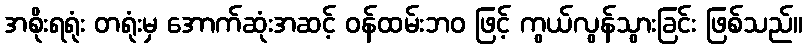
အစိုးရရုံး တရုံးမှ အောက်ဆုံးအဆင့် ဝန်ထမ်းဘဝ ဖြင့် ကွယ်လွန်သွားခြင်း ဖြစ်သည်။